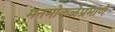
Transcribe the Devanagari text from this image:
मनमोकळेप्रमाणे